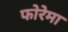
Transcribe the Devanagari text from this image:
फोरेमा